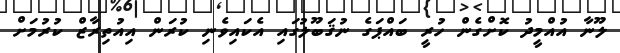
ލޫނާ އުއްމީދު ކޮށްގެން ހުރީ ބައްޕަގެ ނުޤަބޫލުގައި އެކައިވެނި ކުރަން އިއުތިރާޒް ކުރުމަށް